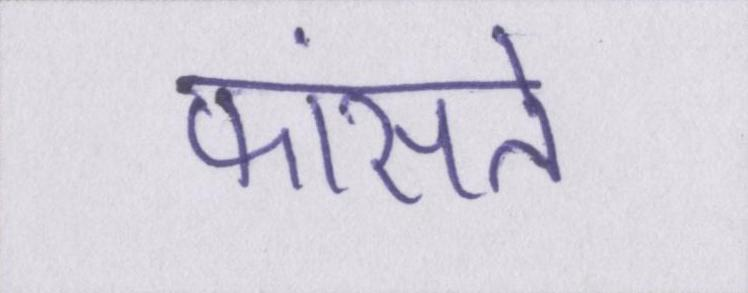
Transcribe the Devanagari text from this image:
फांसते